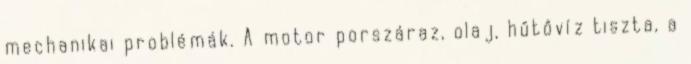
mechanikai problémák. A motor porszáraz, olaj, hűtővíz tiszta, a